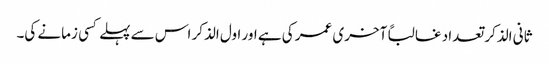
ثانی الذکر تعداد غالباً آخری عمر کی ہے اور اول الذکر اس سے پہلے کسی زمانے کی۔